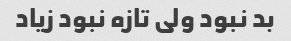
بد نبود ولی تازه نبود زیاد